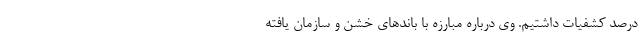
درصد کشفیات داشتیم. وی درباره مبارزه با باندهای خشن و سازمان یافته